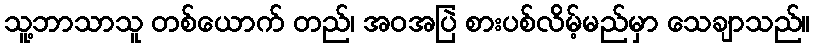
သူ့ဘာသာသူ တစ်ယောက် တည်၊ အဝအပြဲ စားပစ်လိမ့်မည်မှာ သေချာသည်။